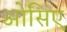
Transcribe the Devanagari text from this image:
ओसिए